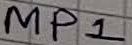
Text: MP1